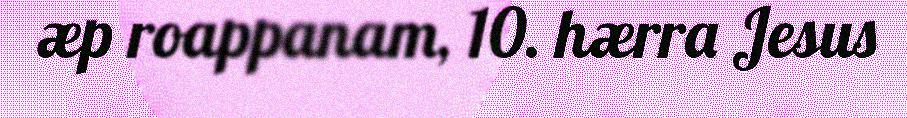
æp roappanam, 10. hærra Jesus